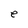
Character: e